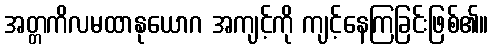
အတ္တကိလမထာနုယောဂ အကျင့်ကို ကျင့်နေကြခြင်းဖြစ်၏။